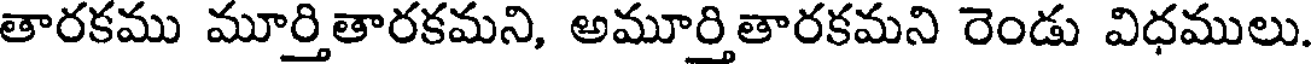
తారకము మూర్తితారకమని, అమూర్తితారకమని రెండు విధములు.